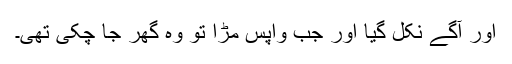
اور آگے نکل گیا اور جب واپس مڑا تو وہ گھر جا چکی تھی۔